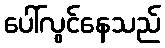
ပေါ်လွင်နေသည်